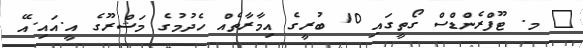
_ މ. ޓޫފްރެންޑްސް ގޯތީގައި 10 ބުރީގެ އިމާރާތެއް ހެދުމުގެ މަޝްރޫގެ އީ.އައި.އޭ